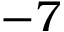
- 7